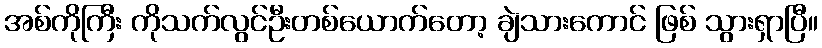
အစ်ကိုကြီး ကိုသက်လွင်ဦးတစ်ယောက်တော့ ချဲသားကောင် ဖြစ် သွားရှာပြီ။